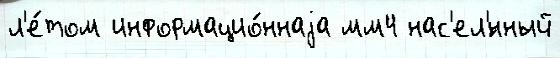
л'е́том информацио́ннаjа мм4 нас'ел'́нный